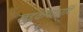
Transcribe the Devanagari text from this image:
खुद्दकपाठादि